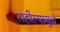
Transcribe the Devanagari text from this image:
राहील्यामुळे